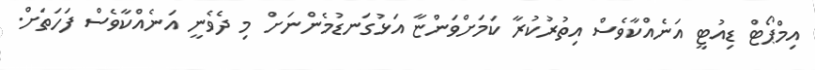
އިމްޕޯޓް ޑިއުޓީ އަނެއްކާވެސް އިތުރުކުރާ ކަމަށްވަންޏާ އަޅުގަނޑުމެންނަށް މި ދެވެނީ އަނެއްކާވެސް ފަހަތަށް.